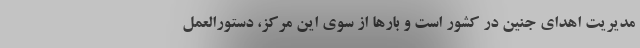
مدیریت اهدای جنین در کشور است و بارها از سوی این مرکز، دستورالعمل